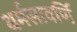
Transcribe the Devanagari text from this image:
धर्मसावर्णि